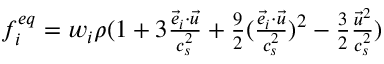
\begin{array} { r } { f _ { i } ^ { e q } = w _ { i } \rho ( 1 + 3 \frac { \vec { e } _ { i } \cdot \vec { u } } { c _ { s } ^ { 2 } } + \frac { 9 } { 2 } ( \frac { \vec { e } _ { i } \cdot \vec { u } } { c _ { s } ^ { 2 } } ) ^ { 2 } - \frac { 3 } { 2 } \frac { \vec { u } ^ { 2 } } { c _ { s } ^ { 2 } } ) } \end{array}